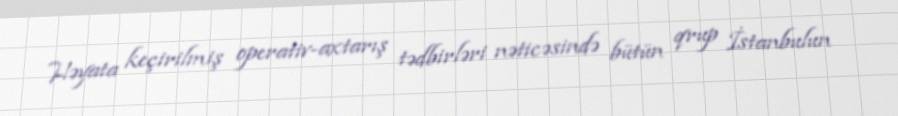
Həyata keçirilmiş operativ-axtarış tədbirləri nəticəsində bütün qrup İstanbulun